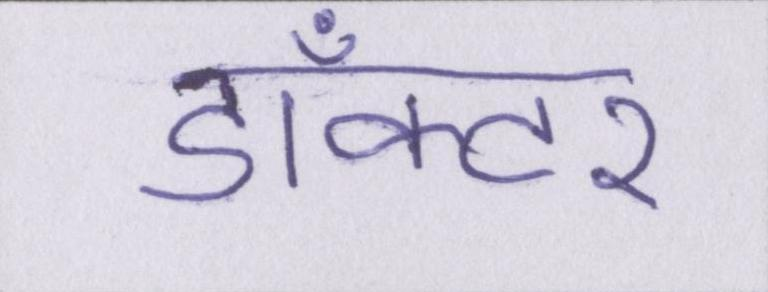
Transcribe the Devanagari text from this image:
डाँक्टर